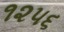
૧૨૫૬